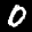
Label: 0